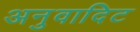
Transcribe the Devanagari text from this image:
अनुवादिट